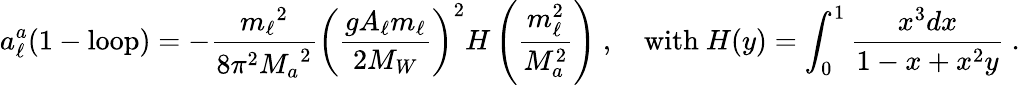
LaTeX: a_{\ell}^{a}\mathrm{(1-loop)}=-{\frac{{m_{\ell}}^{2}}{8{\pi}^{2}{M_{a}}^{2}}}\left(\frac{gA_{\ell}m_{\ell}}{2M_{W}}\right)^{2}H\left({\frac{m_{\ell}^{2}}{M_{a}^{2}}}\right)\ ,\quad\mathrm{with~}H(y)=\int_{0}^{1}{\frac{x^{3}dx}{1-x+x^{2}y}}\ .